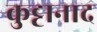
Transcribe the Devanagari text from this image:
कुट्टानाद